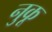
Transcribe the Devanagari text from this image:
नुकू